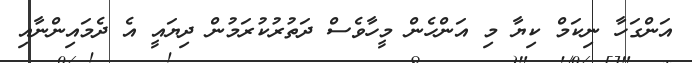
އަންގަހާ ނިކަމް ކިޔާ މި އަންހެން މީހާވެސް ދަތުރުކުރަމުން ދިޔައީ އެ ދެމައިންނާއި